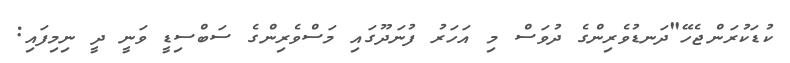
ކުޑަކުރަންޖެހޭ"ދަނޑުވެރިންގެ ދުވަސް މި އަހަރު ފުނަދޫގައި މަސްވެރިންގެ ސަބްސިޑީ ވަނީ ދީ ނިމިފައި: